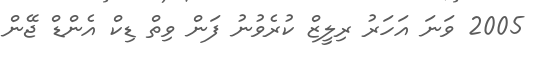
2005 ވަނަ އަހަރު ރިލީޒް ކުރެވުނު ފަން ވިތް ޑިކް އެންޑް ޖޭން